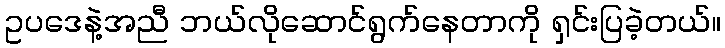
ဥပဒေနဲ့အညီ ဘယ်လိုဆောင်ရွက်နေတာကို ရှင်းပြခဲ့တယ်။